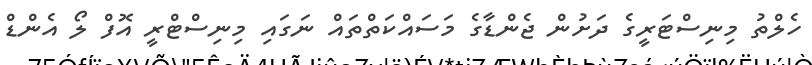
ހެލްތު މިނިސްޓަރީގެ ދަށުން ޖެންޑާގެ މަސައްކަތްތައް ނަގައި މިނިސްޓްރީ އޮފް ލޯ އެންޑް